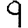
Digit: 9